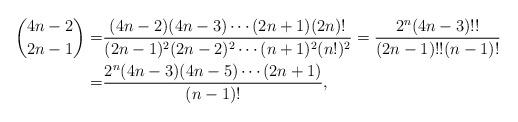
LaTeX: \begin{align*}\binom{4n-2}{2n-1}=&\frac{(4n-2)(4n-3)\cdots(2n+1)(2n)!}{(2n-1)^2(2n-2)^2\cdots(n+1)^2(n!)^2}=\frac{2^n(4n-3)!!}{(2n-1)!!(n-1)!}\\=&\frac{2^n(4n-3)(4n-5)\cdots(2n+1)}{(n-1)!},\end{align*}